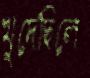
খুদেছিলে